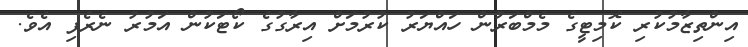
އިންތިޒާމުކުރި ކޮމިޓީގެ މެމްބަރުން ހައްޔަރު ކުރުމަށް އިރާގުގެ ކޯޓަކުން އަމުރު ނެރެފި އެވެ.